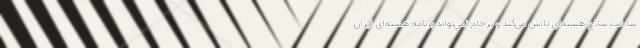
ساخت سلاح هسته‌ای تلاش می‌کند و برجام نمی‌تواند برنامه هسته‌ای ایران